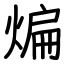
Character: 煸